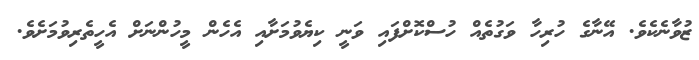
ޒުވާނެކެވެ. އޭނާގެ ހުރިހާ ވަގުތެއް ހުސްކޮށްފައި ވަނީ ކިޔެވުމަށާއި އެހެން މީހުންނަށް އެހީތެރިވުމަށެވެ.